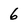
Character: 6